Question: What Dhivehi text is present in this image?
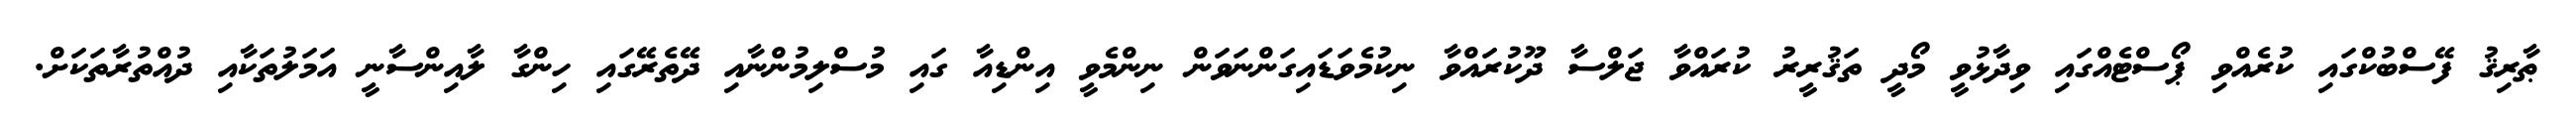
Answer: ޠާރިޤު ފޭސްބުކްގައި ކުރެއްވި ޕޯސްޓެއްގައި ވިދާޅުވީ މޯދީ ތަޤުރީރު ކުރައްވާ ޖަލްސާ ދޫކުރައްވާ ނިކުމެވަޑައިގަންނަވަން ނިންމެވީ އިންޑިއާ ގައި މުސްލިމުންނާއި ދޭތެރޭގައި ހިންގާ ލާއިންސާނީ އަމަލުތަކާއި ދުއްތުރާތަކަށް.